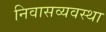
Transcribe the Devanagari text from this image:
निवासव्यवस्था